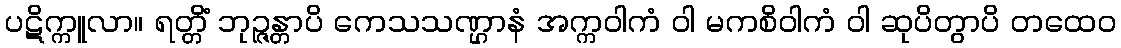
ပဋိက္ကူလာ။ ရတ္တိံ ဘုဉ္ဇန္တာပိ ကေသသဏ္ဌာနံ အက္ကဝါကံ ဝါ မကစိဝါကံ ဝါ ဆုပိတွာပိ တထေဝ